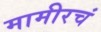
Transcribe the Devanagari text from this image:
मामीरचं